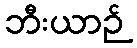
ဘီးယာဉ်